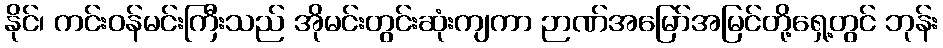
နိုင်၊ ကင်းဝန်မင်းကြီးသည် အိုမင်းတွင်းဆုံးကျကာ ဉာဏ်အမြော်အမြင်တို့ရှေ့တွင် ဘုန်း